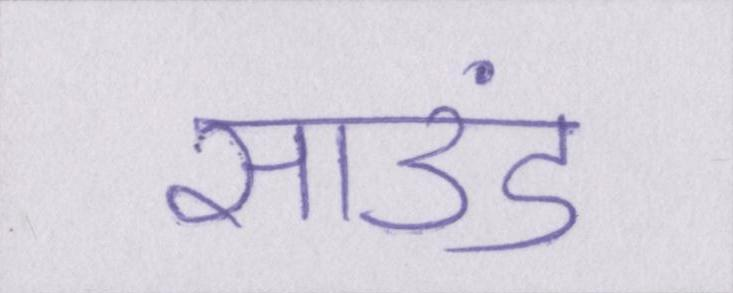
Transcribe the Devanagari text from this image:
साउंड